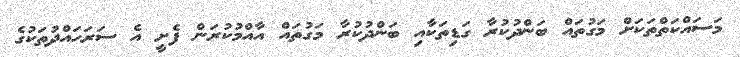
މަސައްކަތްތަކަށް މަގުތައް ބަންދުކުރާ ގަޑިތަކާއި ބަންދުކުރާ މަގުތައް އާއްމުކުރަން ފެށީ އެ ސަރަހައްދުތަކުގެ